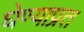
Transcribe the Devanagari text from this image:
घेण्याप्रत